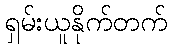
ရှမ်းယူနိုက်တက်